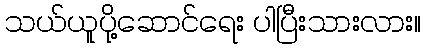
သယ်ယူပို့ဆောင်ရေး ပါပြီးသားလား။